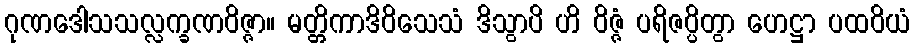
ဂုဏဒေါသသလ္လက္ခဏဝိဇ္ဇာ။ မတ္တိကာဒိဝိသေသံ ဒိသွာပိ ဟိ ဝိဇ္ဇံ ပရိဇပ္ပိတွာ ဟေဋ္ဌာ ပထဝိယံ